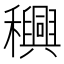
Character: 𮃴